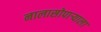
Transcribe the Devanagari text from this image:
नालासोपाऱ्याला